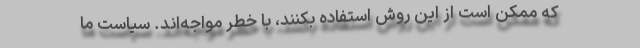
که ممکن است از این روش استفاده بکنند، با خطر مواجه‌اند. سیاست ما